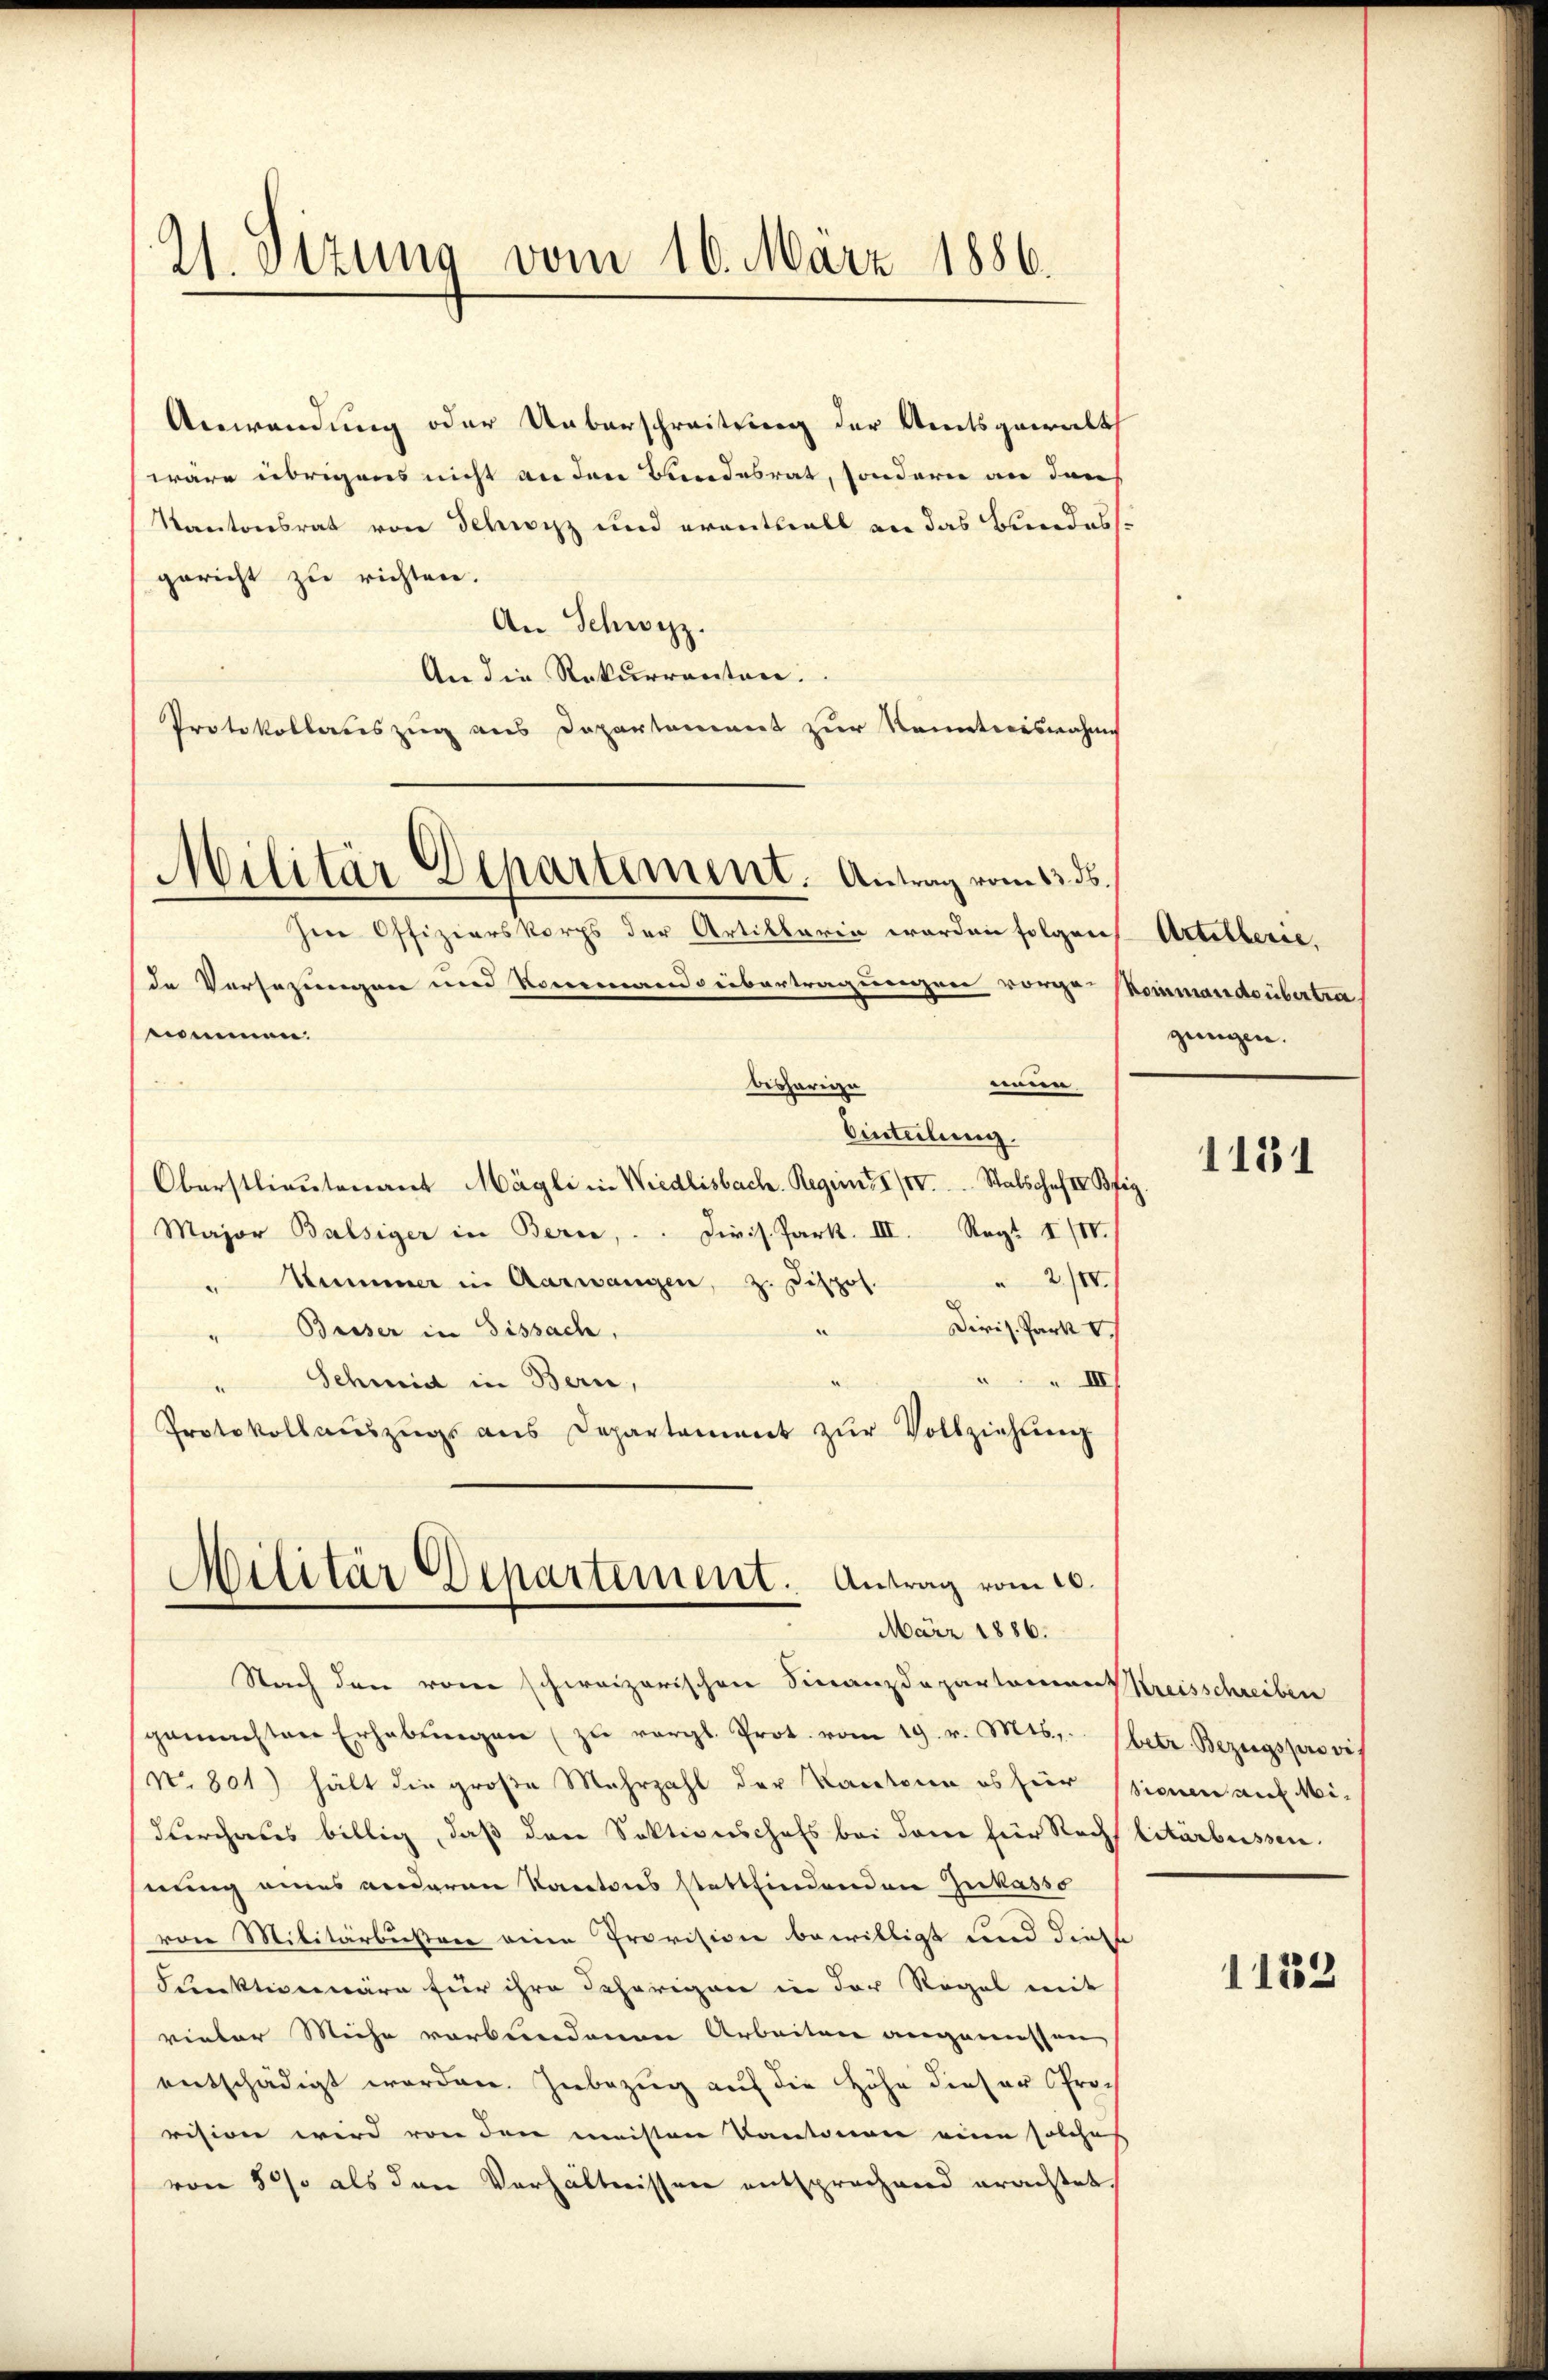
21. Dezung vom 16. März 1886.

Anwendung oder Ueberschreitung der Amtsgewalth
wäre übrigens nicht an den Bundesrat, sondern an dar
Kantonsrat von Schwyz und eventuell an das Bundesgericht zu richten.
An Schwyz.
An die Rekurrenten.
Protokollateszug aus Departement zur Nameteoiswahns
Jene Offizierskorps der Artiklaren worden folgen Artilberie.
de Vorsezungen und Kommand übertragungen vorge-Weinmandsübertra
i
.
enen
bisherige
Anteilung.
Oberstlieutenant Mägli in Wiedlisbach. Regrenze IV Stabschaf IV Bfig.
Major Balsiger in Bern, . . Diris. Park. III. Reg. IIIV.
2/10
" Summer in Aarwangen, z. Dispos.
Diris. Park
a
" Briser in Fissach,
III
Schmid in Bern,
n
Protokollauszugs aus Departement zŭr Vollziehung
Militär Departement. Antrag vom 20.
März 1886.
Nach den vom schweizerischen Finanzdeparterien Kreisschreiben
gemachten Erhabŭngen zŭ vergl. Prot. vom 19. v. Mts., betr. Bezugsprovis
No 801) hält die große Mehrzahl der Kantone es für sienen auf Mi¬
Kirchaus billig, daß der Sektionschafs bei dene für Recht litärbessen.
nung eines anderen Kantons stattfindenden Inkasso
von Militärbusten eine Provisione bewilligt und diese
Funktion wäre für ihre Behörigen in der Regel mit
vieler Miche verbundenen Arbeiten angemessen
entschädigt worden. Inbezug auf die Höhe dieser Sprech
vision wird von den meisten Kantonion eine solches
von 500 als den Verhältnissen entsprechend erachtet,

Militär Departiment. Antrag vom 13. ds.

gungen.

1131

1132